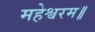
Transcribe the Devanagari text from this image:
महेश्वरम॥